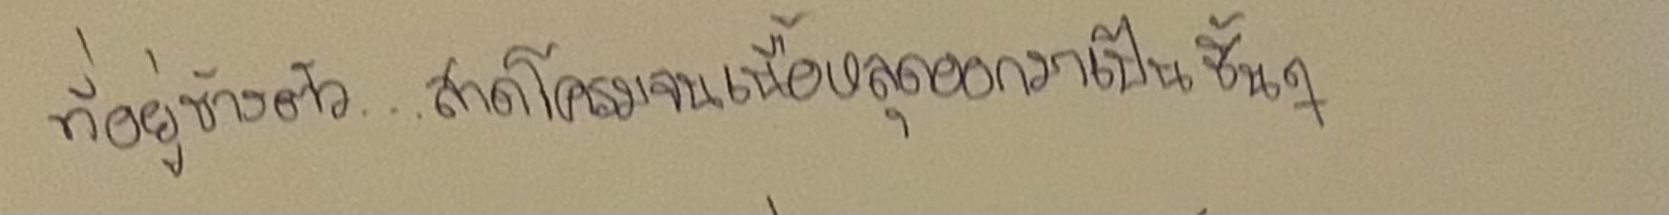
ที่อยู่ข้างตัว...สาดโครมจนเนื้อหลุดออกมาเป็นชิ้นๆ